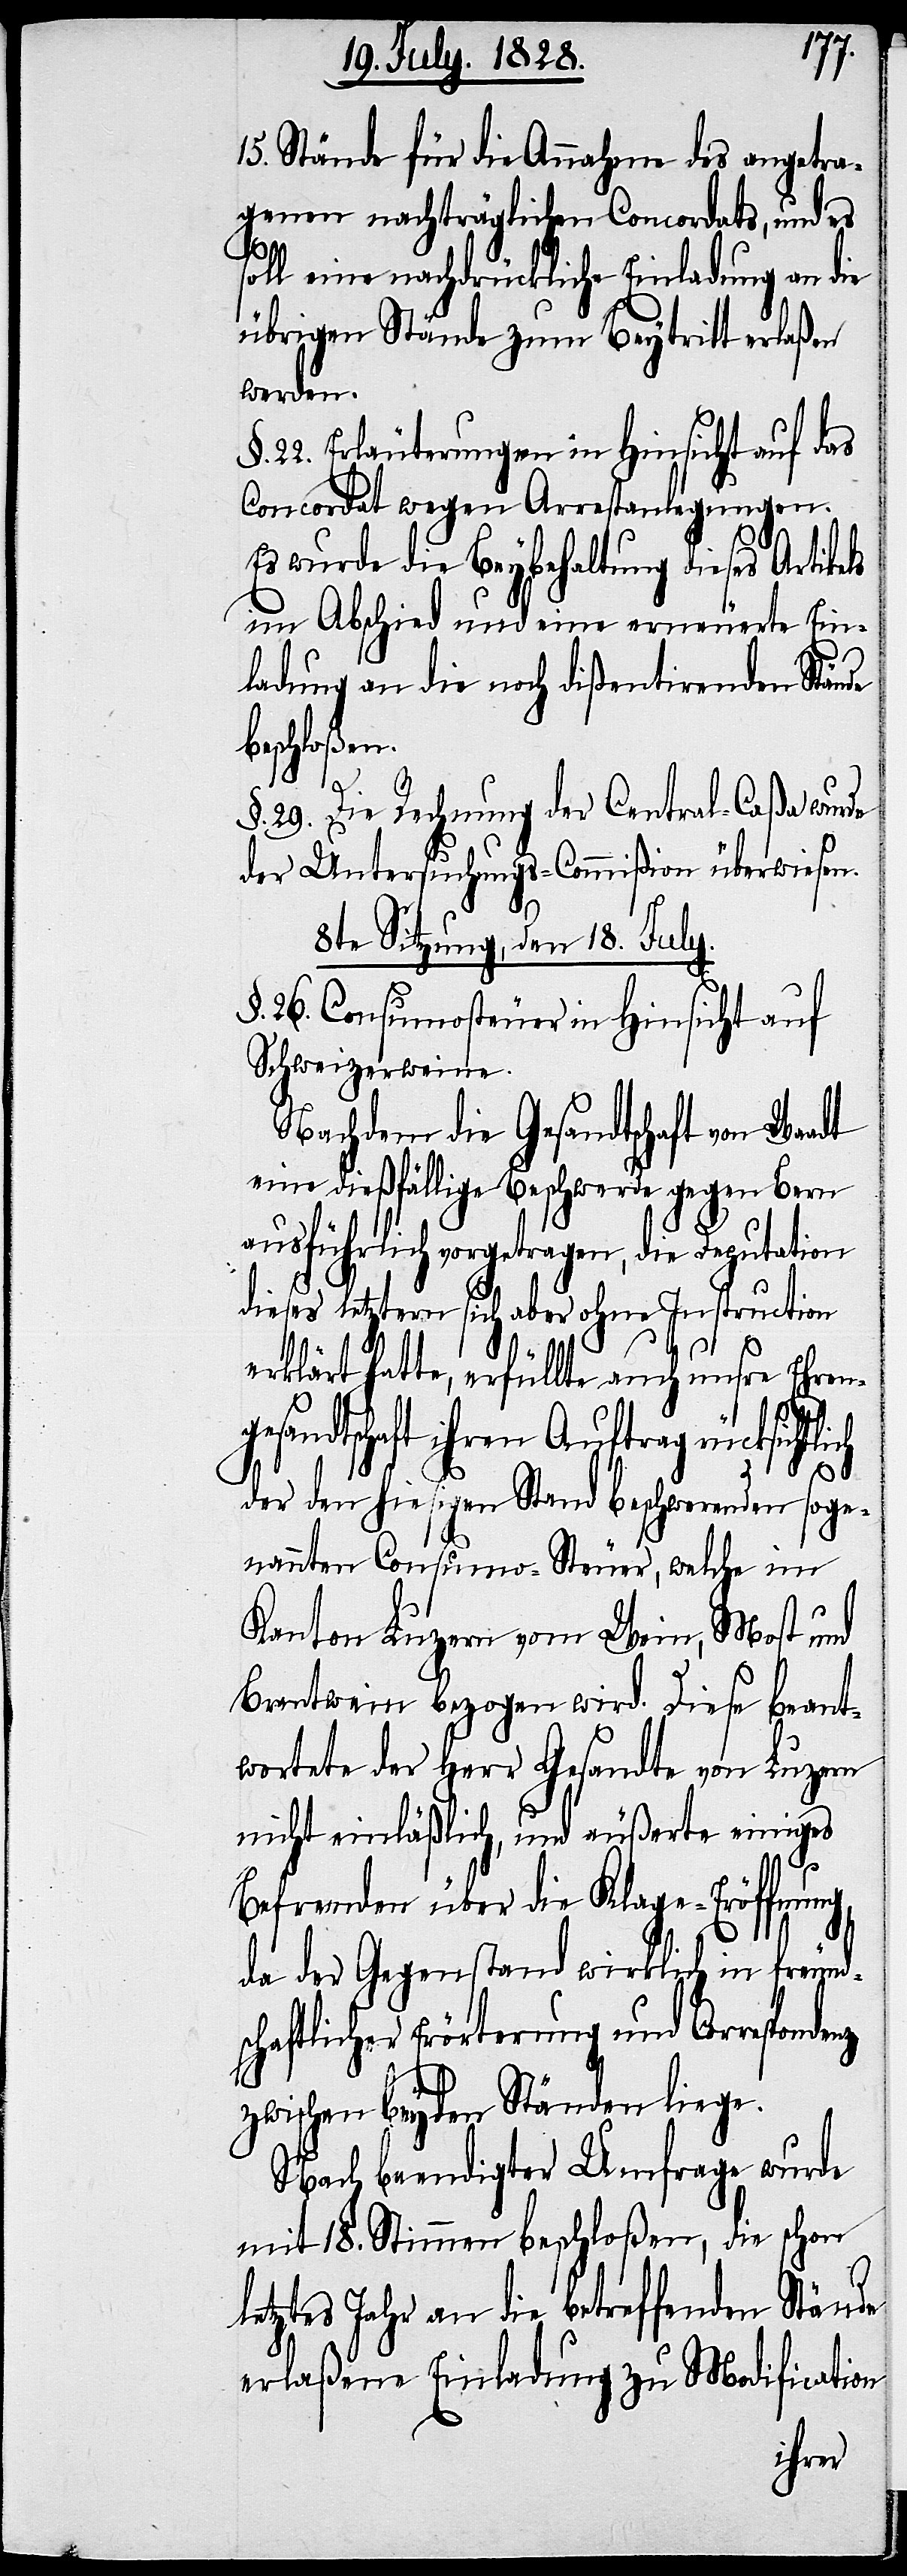
15. Stände für die Annahme des angetra¬
genen nachträglichen Concordats, und es
soll eine nachdrückliche Einladung an die
übrigen Stände zum Beytritt erlaßen
werden.
§. 22. Erläuterungen in Hinsicht auf das
Concordat wegen Arrestanlegungen.
Es wurde die Beybehaltung dieses Artikels
im Abschied und eine erneuerte Ein¬
ladung an die noch dißentirenden Stände
beschloßen.
ch
§. 29. Die Rechnung der Central-Caßa wurde
der Untersuchungs-Commißion überwiesen.
adt
8te Sitzung, den 18. July.
§. 26. Consumosteuer in Hinsicht auf
Schweizerweine.
Nachdem die Gesandtschaft von Wa¬
eine dießfällige Beschwerde gegen Bern
ausführlich vorgetragen, die Deputation
dieses letztern sich aber ohne Instruction
erklärt hatte, erfüllte auch unsre Ehren¬
gesandtschaft ihren Auftrag rücksichtli¬
der den hiesigen Stand beschwerenden soge¬
nannten Consumo-Steuer, welche im
Kanton Luzern vom Wein, Most und
Brantwein bezogen wird. Diese beant¬
wortete der Herr Gesandte von Luzern
nicht einläßlich und äußerte einiges
Befremden über die Klage-Eröffnung,
ds¬
da der Gegenstand wirklich in freun¬
chaftlicher Erörterung und Correspon¬
dez
zwischen beyden Ständen liege.
Nach beendigter Umfrage wurde
mit 18. Stimmen beschloßen, die schon
letztes Jahr an die betreffenden Stände
erlaßene Einladung zu Modification